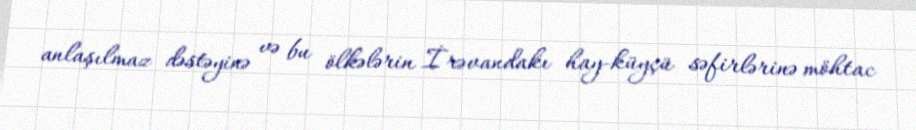
anlaşılmaz dəstəyinə və bu ölkələrin İrəvandakı hay-küyçü səfirlərinə möhtac